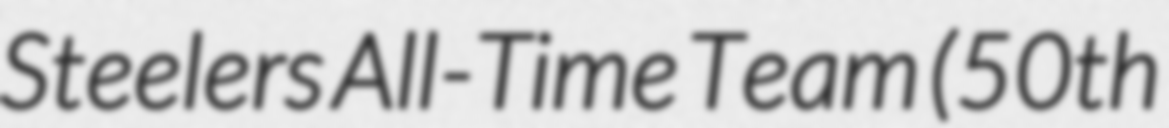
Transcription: Steelers All-Time Team (50th